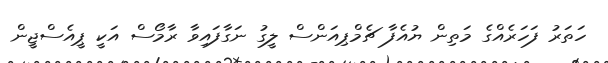
ހަތަރު ފަހަރެއްގެ މަތިން ޔުއެފާ ޗެމްޕިއަންސް ލީގު ނަގާފައިވާ ރާމޯސް އަކީ ޕީއެސްޖީން